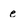
Character: e